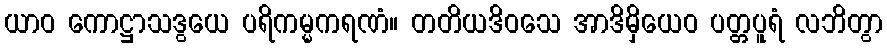
ယာဝ ကောဋ္ဌာသဒွယေ ပရိကမ္မကရဏံ။ တတိယဒိဝသေ အာဒိမှိယေဝ ပတ္တပူရံ လဘိတွာ